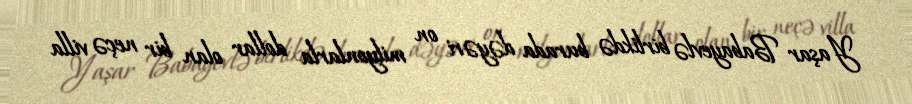
Yaşar Babayevlə birlikdə burada dəyəri on milyonlarla dollar olan bir neçə villa